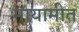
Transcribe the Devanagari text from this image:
मायामीत